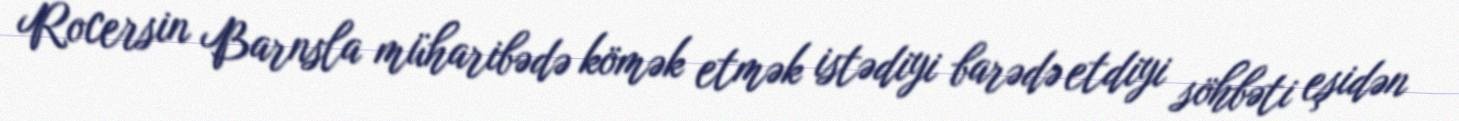
Rocersin Barnsla müharibədə kömək etmək istədiyi barədə etdiyi söhbəti eşidən